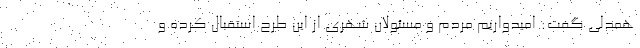
همدلی گفت: امیدواریم مردم و مسئولان شهری از این طرح استقبال کرده و